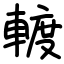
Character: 𨍏